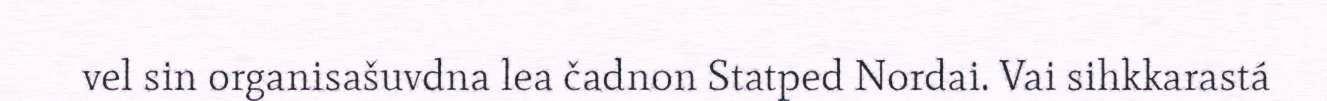
vel sin organisašuvdna lea čadnon Statped Nordai. Vai sihkkarastá